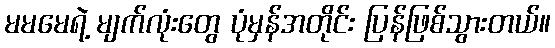
မမမေရဲ့ မျက်လုံးတွေ ပုံမှန်အတိုင်း ပြန်ဖြစ်သွားတယ်။